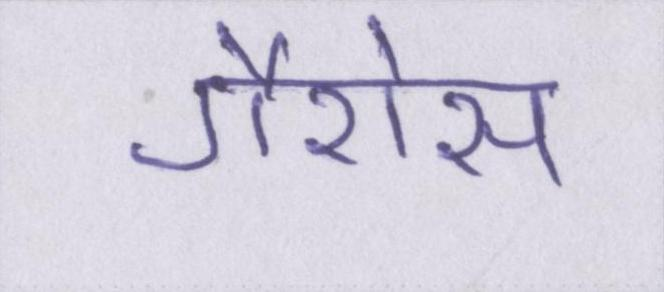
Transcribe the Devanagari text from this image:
गैरोस